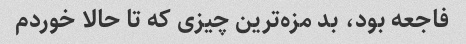
فاجعه بود، بد مزه‌ترین چیزی که تا حالا خوردم